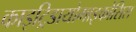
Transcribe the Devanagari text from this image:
काइट्रिडायोमाइकोसिस